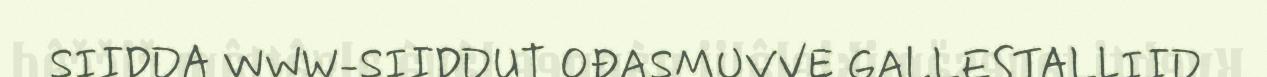
SIIDDA WWW-SIIDDUT OĐASMUVVE GALLESTALLIID